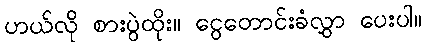
ဟယ်လို စားပွဲထိုး။ ငွေတောင်းခံလွှာ ပေးပါ။